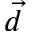
\vec { d }